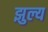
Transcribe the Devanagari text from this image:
झुल्य